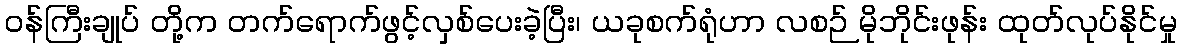
ဝန်ကြီးချုပ် တို့က တက်ရောက်ဖွင့်လှစ်ပေးခဲ့ပြီး၊ ယခုစက်ရုံဟာ လစဉ် မိုဘိုင်းဖုန်း ထုတ်လုပ်နိုင်မှု